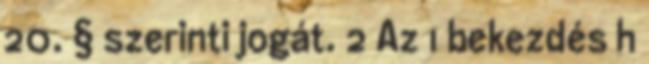
20. § szerinti jogát. 2 Az 1 bekezdés h